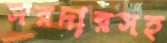
সরদারসহ